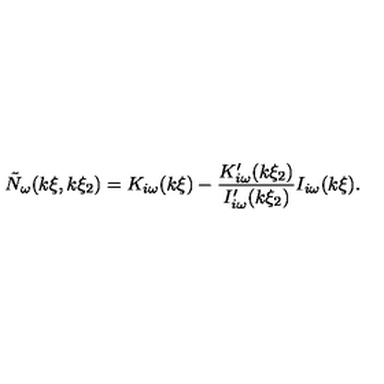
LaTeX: \tilde { N } _ { \omega } ( k \xi , k \xi _ { 2 } ) = K _ { i \omega } ( k \xi ) - \frac { K _ { i \omega } ^ { \prime } ( k \xi _ { 2 } ) } { I _ { i \omega } ^ { \prime } ( k \xi _ { 2 } ) } I _ { i \omega } ( k \xi ) .